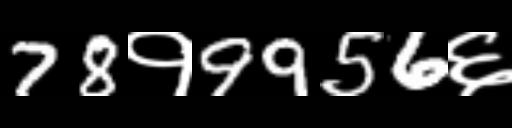
Text: 78१9956६